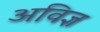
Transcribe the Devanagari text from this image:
अविज्ञ